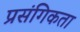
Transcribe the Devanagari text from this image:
प्रसंगिकता